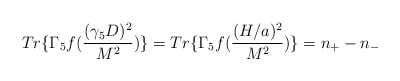
\begin{align*}Tr\{\Gamma_{5}f(\frac{(\gamma_{5}D)^{2}}{M^{2}})\}=Tr\{\Gamma_{5}f(\frac{(H/a)^{2}}{M^{2}})\}=n_{+} - n_{-}\end{align*}